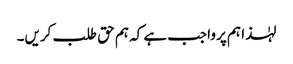
لہٰذا ہم پر واجب ہے کہ ہم حق طلب کریں۔